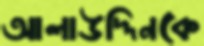
আলাউদ্দিনকে